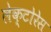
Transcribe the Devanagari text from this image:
लेक्टोरेस